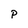
Character: p